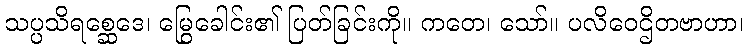
သပ္ပသိရစ္ဆေဒေ၊ မြွေခေါင်း၏ ပြတ်ခြင်းကို။ ကတေ၊ သော်။ ပလိဝေဌိတဗာဟာ၊